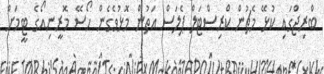
ބްރިޖްގައި ކުޅޭ މެޗުން ކްރިސްޓަލް ޕެލަސް އަތުން މޮޅުވެގެން ހޯސޭ މޮރީނިއޯގެ ޓީމަށް